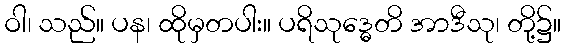
ဝါ၊ သည်။ ပန၊ ထိုမှတပါး။ ပရိသုဒ္ဓေတိ အာဒီသု၊ တို့၌။